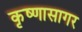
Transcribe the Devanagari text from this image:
कृष्णासागर